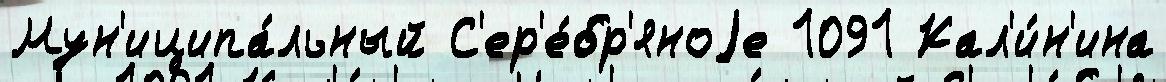
Мун'иципа́льный С'ер'е́бр'яноjе 1091 Кал'и́н'ина